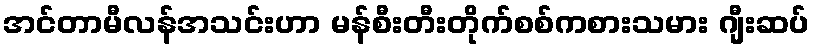
အင်တာမီလန်အသင်းဟာ မန်စီးတီးတိုက်စစ်ကစားသမား ဂျီးဆပ်